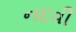
નદવી